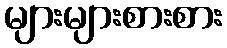
များများစားစား